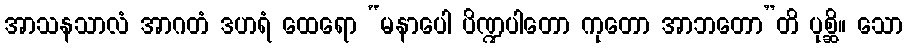
အာသနသာလံ အာဂတံ ဒဟရံ ထေရော “မနာပေါ ပိဏ္ဍပါတော ကုတော အာဘတော”တိ ပုစ္ဆိ။ သော